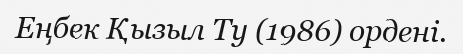
Еңбек Қызыл Ту (1986) ордені.